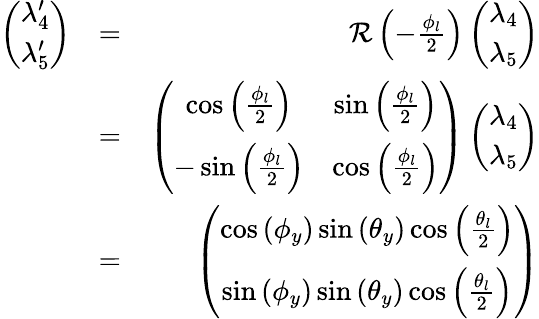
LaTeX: \begin{array}{rlr}{\left(\begin{array}{c}{\lambda_{4}^{\prime}}\\ {\lambda_{5}^{\prime}}\end{array}\right)}&{=}&{{\mathcal R}\left(-\frac{\phi_{l}}{2}\right)\left(\begin{array}{c}{\lambda_{4}}\\ {\lambda_{5}}\end{array}\right)}\\ &{=}&{\left(\begin{array}{cc}{\cos\left(\frac{\phi_{l}}{2}\right)}&{\sin\left(\frac{\phi_{l}}{2}\right)}\\ {-\sin\left(\frac{\phi_{l}}{2}\right)}&{\cos\left(\frac{\phi_{l}}{2}\right)}\end{array}\right)\left(\begin{array}{c}{\lambda_{4}}\\ {\lambda_{5}}\end{array}\right)}\\ &{=}&{\left(\begin{array}{c}{\cos\left(\phi_{y}\right)\sin\left(\theta_{y}\right)\cos\left(\frac{\theta_{l}}{2}\right)}\\ {\sin\left(\phi_{y}\right)\sin\left(\theta_{y}\right)\cos\left(\frac{\theta_{l}}{2}\right)}\end{array}\right)}\end{array}